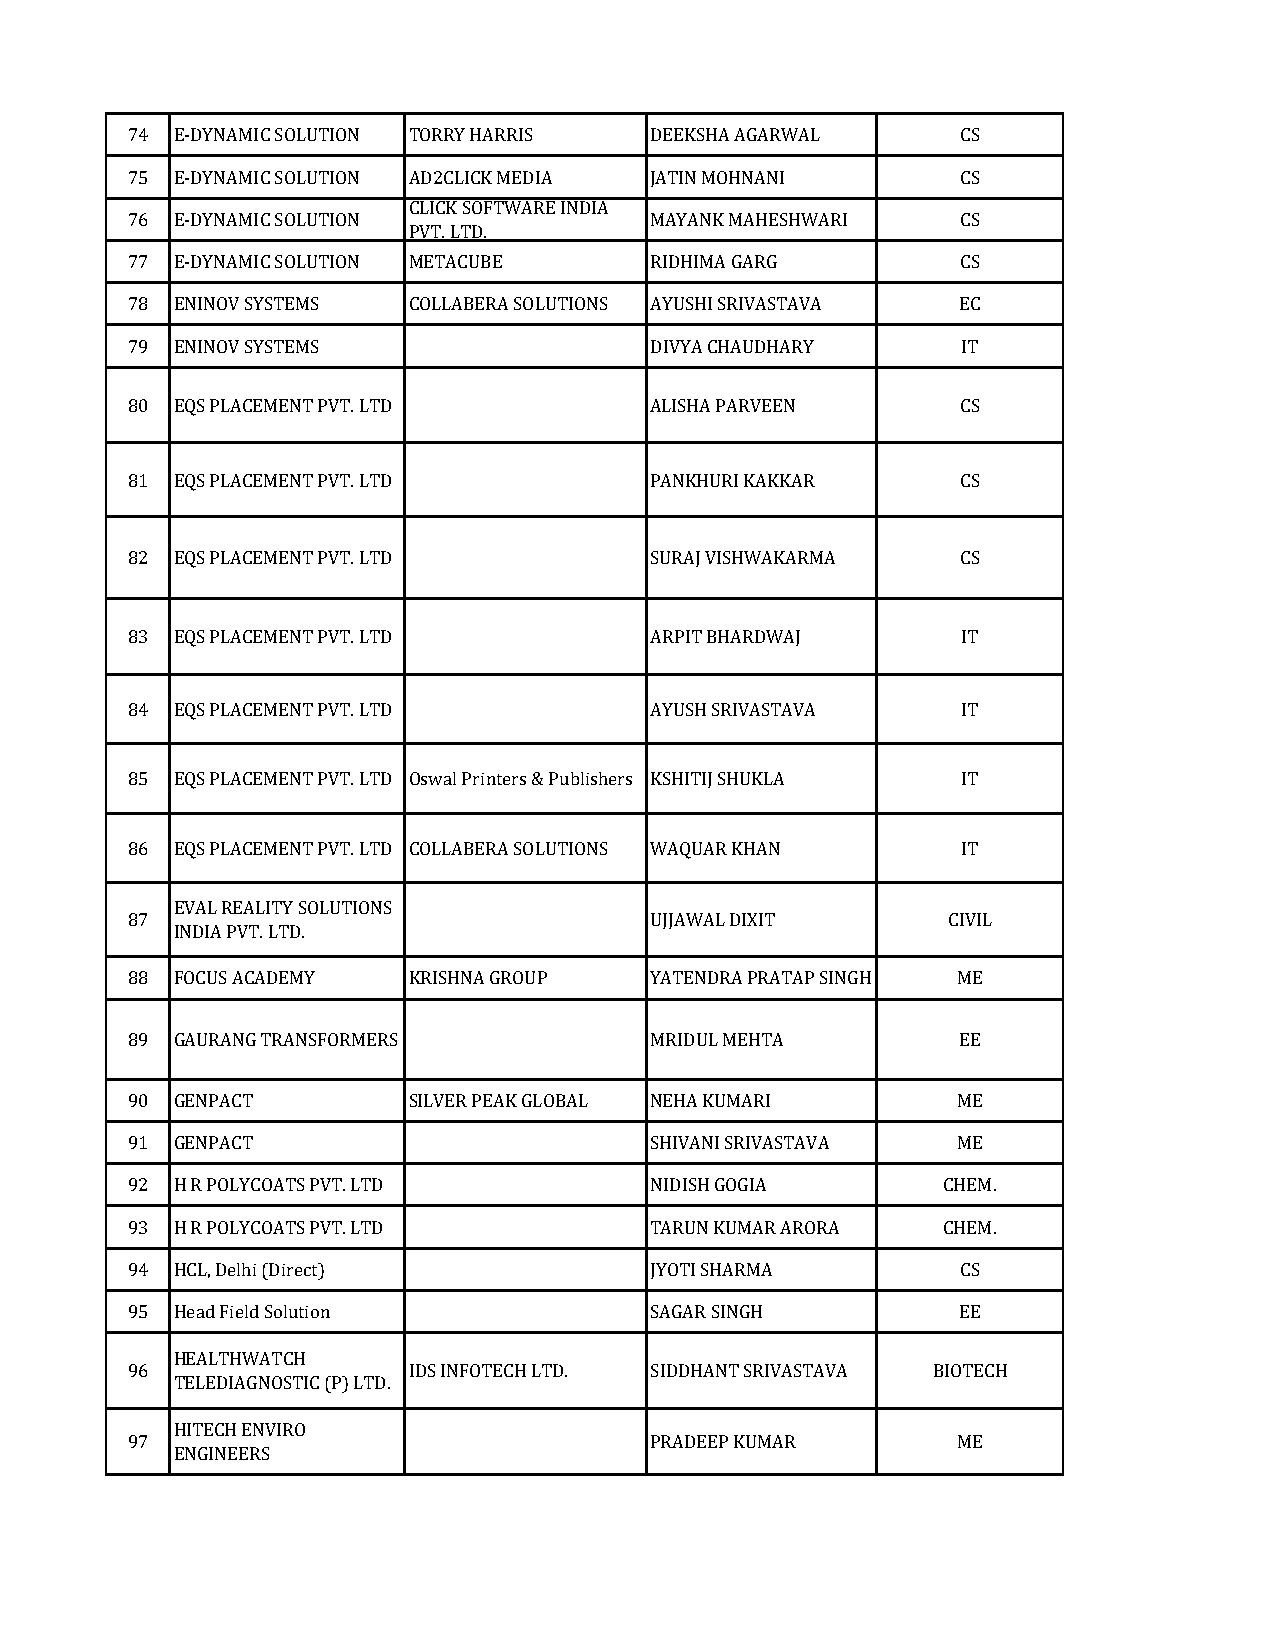
74 E-DYNAMIC SOLUTION TORRY HARRIS DEEKSHA AGARWAL      CS
 75 E-DYNAMIC SOLUTION AD2CLICK MEDIA JATIN MOHNANI      CS
 CLICK SOFTWARE INDIA
 76 E-DYNAMIC SOLUTION              MAYANK MAHESHWARI    CS
 PVT. LTD.
 77 E-DYNAMIC SOLUTION METACUBE     RIDHIMA GARG         CS
 78 ENINOV SYSTEMS  COLLABERA SOLUTIONS AYUSHI SRIVASTAVA EC
 79 ENINOV SYSTEMS                  DIVYA CHAUDHARY      IT
 80 EQS PLACEMENT PVT. LTD          ALISHA PARVEEN       CS
 81 EQS PLACEMENT PVT. LTD          PANKHURI KAKKAR      CS
 82 EQS PLACEMENT PVT. LTD          SURAJ VISHWAKARMA    CS
 83 EQS PLACEMENT PVT. LTD          ARPIT BHARDWAJ       IT
 84 EQS PLACEMENT PVT. LTD          AYUSH SRIVASTAVA     IT
 85 EQS PLACEMENT PVT. LTD Oswal Printers & Publishers KSHITIJ SHUKLA IT
 86 EQS PLACEMENT PVT. LTD COLLABERA SOLUTIONS WAQUAR KHAN IT
 EVAL REALITY SOLUTIONS
 87                                 UJJAWAL DIXIT       CIVIL
 INDIA PVT. LTD.
 88 FOCUS ACADEMY   KRISHNA GROUP   YATENDRA PRATAP SINGH ME
 89 GAURANG TRANSFORMERS            MRIDUL MEHTA         EE
 90 GENPACT         SILVER PEAK GLOBAL NEHA KUMARI      ME
 91 GENPACT                         SHIVANI SRIVASTAVA  ME
 92 H R POLYCOATS PVT. LTD          NIDISH GOGIA       CHEM.
 93 H R POLYCOATS PVT. LTD          TARUN KUMAR ARORA  CHEM.
 94 HCL, Delhi (Direct)             JYOTI SHARMA         CS
 95 Head Field Solution             SAGAR SINGH          EE
 HEALTHWATCH
 96                 IDS INFOTECH LTD. SIDDHANT SRIVASTAVA BIOTECH
 TELEDIAGNOSTIC (P) LTD.
 HITECH ENVIRO
 97                                 PRADEEP KUMAR       ME
 ENGINEERS